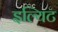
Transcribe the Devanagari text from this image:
इल्यिट